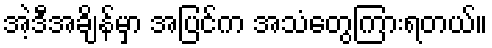
အဲ့ဒီအချိန်မှာ အပြင်က အသံတွေကြားရတယ်။